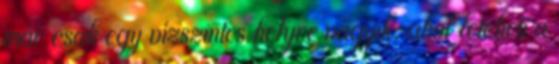
már csak egy vízszintes helyre vágyik, ahol leteheti a